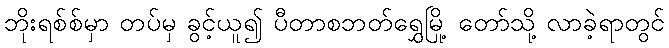
ဘိုးရစ်စ်မှာ တပ်မှ ခွင့်ယူ၍ ပီတာစဘတ်ရွှေမြို့ တော်သို့ လာခဲ့ရာတွင်